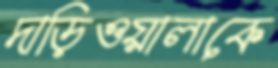
দাড়িওয়ালাকে